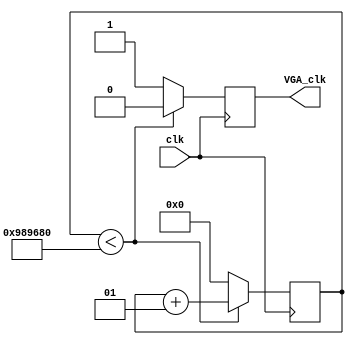
`timescale 1ns / 1ps
//////////////////////////////////////////////////////////////////////////////////
// Company: 
// Engineer: 
// 
// Design Name: 
// Module Name: xdac_clock
// Project Name: 
// Target Devices: 
// Tool Versions: 
// Description: 
// 
// Dependencies: 
// 
// Revision:
// Revision 0.01 - File Created
// Additional Comments:
// 
//////////////////////////////////////////////////////////////////////////////////


module xdac_clock(input clk, output reg VGA_clk);

//divides 100 MHz clock to 100Hz 
    integer check = 10000000;
    integer a = 0;
	always@(posedge clk)
 begin 
        if(a<check) begin
            a <= a + 1;
            VGA_clk <= 0;
        end
        else begin
            a <= 0;
            VGA_clk <= 1;
        end
	end
	
endmodule